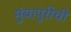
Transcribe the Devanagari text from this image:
मुंबापुरीची